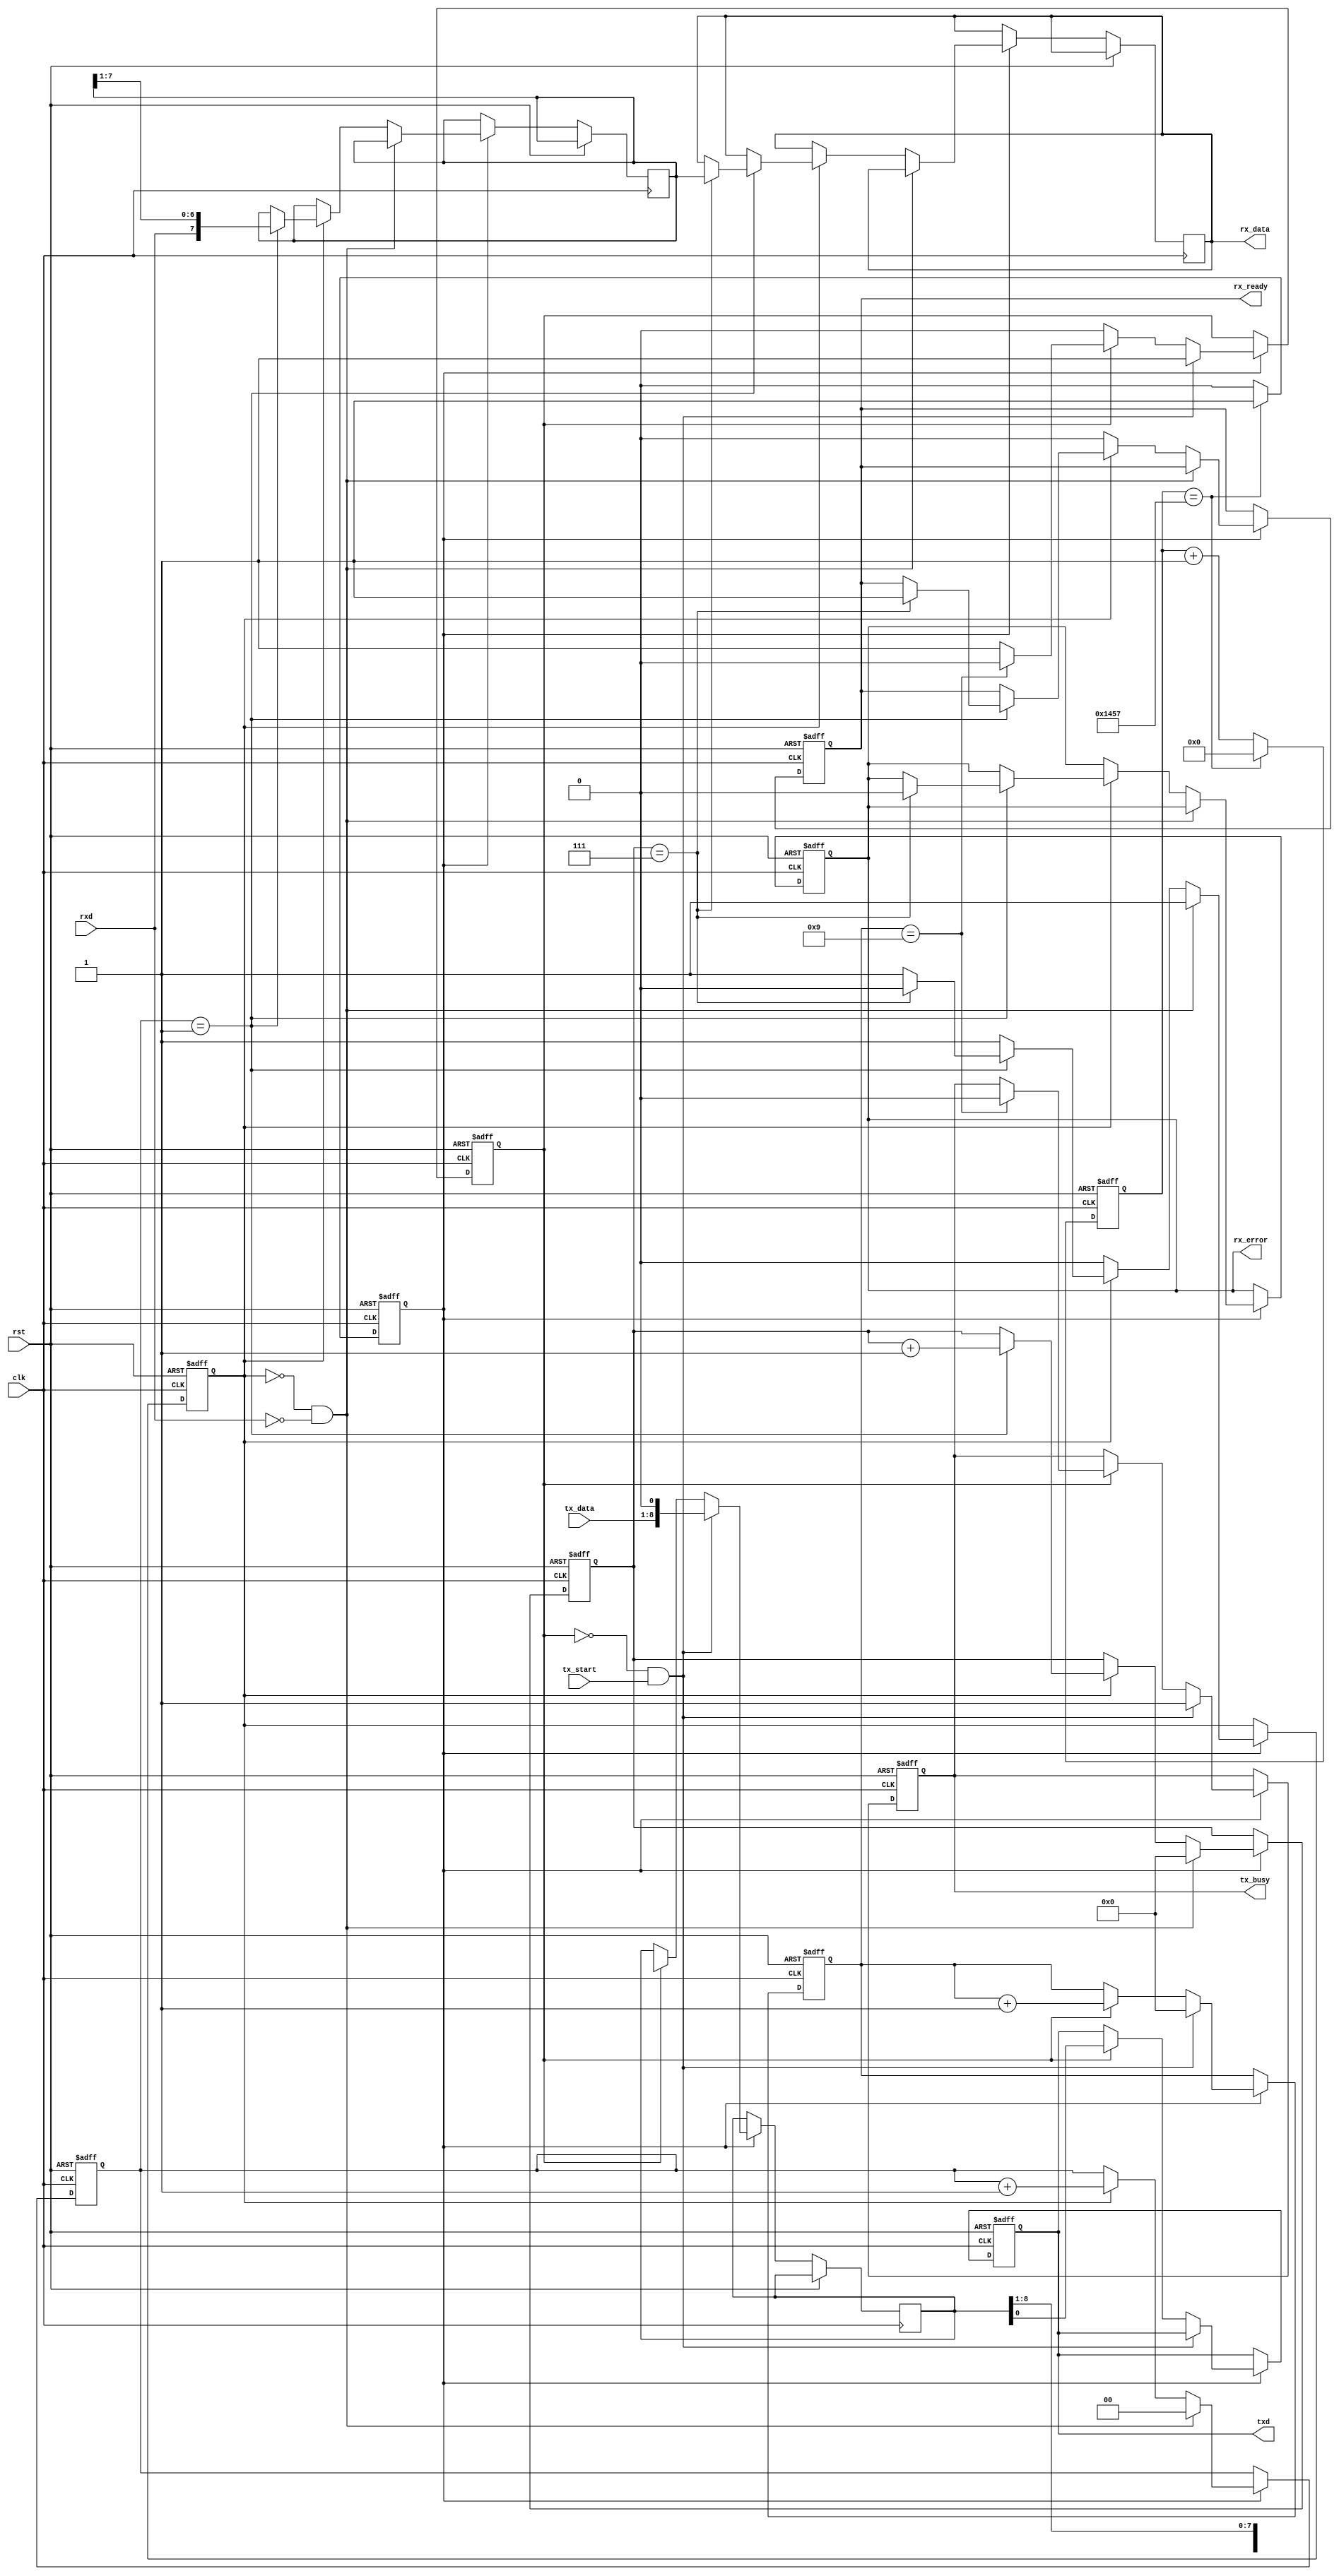
module parameterized_uart #(
    parameter BAUD_RATE = 9600,
    parameter DATA_BITS = 8,
    parameter STOP_BITS = 1,
    parameter PARITY = "NONE", // Options: "NONE", "EVEN", "ODD"
    parameter CLOCK_FREQ = 50000000 // 50 MHz
)(
    input wire clk,
    input wire rst,
    input wire tx_start,
    input wire [DATA_BITS-1:0] tx_data,
    output reg txd,
    output reg tx_busy,
    
    input wire rxd,
    output reg [DATA_BITS-1:0] rx_data,
    output reg rx_ready,
    output reg rx_error
);

    // Baud rate generator
    localparam BAUD_DIV = CLOCK_FREQ / BAUD_RATE;
    reg [15:0] baud_counter;
    reg baud_tick;

    always @(posedge clk or posedge rst) begin
        if (rst) begin
            baud_counter <= 0;
            baud_tick <= 0;
        end else begin
            if (baud_counter == BAUD_DIV - 1) begin
                baud_counter <= 0;
                baud_tick <= 1;
            end else begin
                baud_counter <= baud_counter + 1;
                baud_tick <= 0;
            end
        end
    end

    // Transmitter
    reg [DATA_BITS + 1 + (PARITY != "NONE") - 1:0] tx_shift_reg;
    reg [3:0] tx_bit_count;
    reg tx_state; // 0: idle, 1: transmitting

    always @(posedge clk or posedge rst) begin
        if (rst) begin
            txd <= 1'b1; // Idle state
            tx_busy <= 0;
            tx_state <= 0;
            tx_bit_count <= 0;
        end else if (baud_tick) begin
            if (tx_state == 0 && tx_start) begin
                // Load shift register
                tx_shift_reg <= {1'b1, tx_data, 1'b0}; // Start bit + data + stop bits
                if (PARITY == "EVEN") begin
                    tx_shift_reg[DATA_BITS + 1] <= ~^tx_data; // Even parity
                end else if (PARITY == "ODD") begin
                    tx_shift_reg[DATA_BITS + 1] <= ^tx_data; // Odd parity
                end
                tx_bit_count <= 0;
                tx_busy <= 1;
                tx_state <= 1;
            end else if (tx_state == 1) begin
                txd <= tx_shift_reg[0]; // Send bit
                tx_shift_reg <= {1'b1, tx_shift_reg[DATA_BITS + 1:1]}; // Shift
                tx_bit_count <= tx_bit_count + 1;
                if (tx_bit_count == DATA_BITS + STOP_BITS + (PARITY != "NONE")) begin
                    tx_busy <= 0;
                    tx_state <= 0; // Back to idle
                end
            end
        end
    end

    // Receiver
    reg [DATA_BITS - 1:0] rx_shift_reg;
    reg [3:0] rx_bit_count;
    reg rx_state; // 0: idle, 1: receiving
    reg [1:0] rx_sample_count;

    always @(posedge clk or posedge rst) begin
        if (rst) begin
            rx_ready <= 0;
            rx_error <= 0;
            rx_state <= 0;
            rx_bit_count <= 0;
            rx_sample_count <= 0;
        end else if (baud_tick) begin
            if (rx_state == 0 && !rxd) begin // Start bit detected
                rx_state <= 1;
                rx_bit_count <= 0;
                rx_sample_count <= 0;
            end else if (rx_state == 1) begin
                if (rx_sample_count == 1) begin // Sample at middle of bit
                    rx_shift_reg <= {rxd, rx_shift_reg[DATA_BITS - 1:1]};
                    rx_bit_count <= rx_bit_count + 1;
                    if (rx_bit_count == DATA_BITS - 1) begin
                        rx_state <= 0; // Stop receiving
                        rx_ready <= 1; // Data ready
                        // Check for parity
                        if (PARITY == "EVEN" && (^(rx_shift_reg) ^ rxd)) begin
                            rx_error <= 1; // Parity error
                        end else if (PARITY == "ODD" && (~^(rx_shift_reg) ^ rxd)) begin
                            rx_error <= 1; // Parity error
                        end else begin
                            rx_error <= 0; // No error
                        end
                        rx_data <= rx_shift_reg; // Output data
                    end
                end
                rx_sample_count <= rx_sample_count + 1;
            end else if (rx_ready) begin
                rx_ready <= 0; // Reset ready signal
            end
        end
    end

endmodule